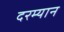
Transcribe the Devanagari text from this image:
दरम्‍यान